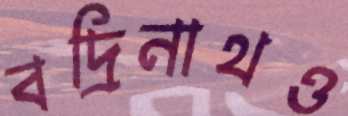
বদ্রিনাথও